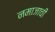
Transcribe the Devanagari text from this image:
नमाजाची